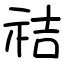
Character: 祮